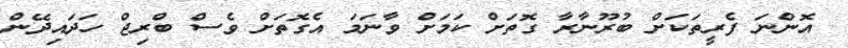
އޮންނަ ފެރީތަކަށް ބުރޫނާރާ ގޮތަށް ކަމަށް ވާނަމަ އެގޮތަށް ވެސް ބްރިޖް ހަދައިދޭން